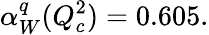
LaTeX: \alpha_{W}^{q}(Q_{c}^{2})=0.605.